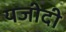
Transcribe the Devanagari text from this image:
यजीदी